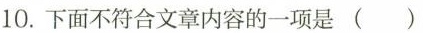
10.下面不符合文章内容的一项是()